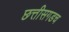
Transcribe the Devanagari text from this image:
छत्तीसगडच